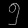
Digit: ၅